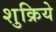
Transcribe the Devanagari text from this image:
शुक्रिये